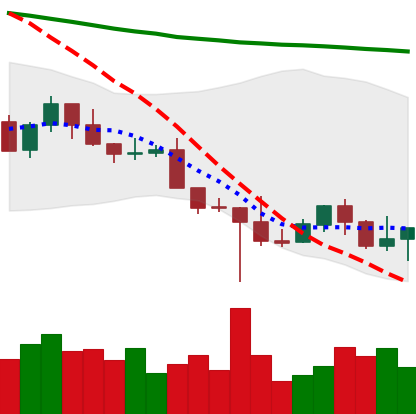
Ticker: NEO-USD
Chart end date: 2022-10-21
Forward return: 9.302%
Label: up_7plus